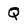
Character: Q